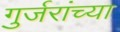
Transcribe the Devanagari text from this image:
गुर्जरांच्या